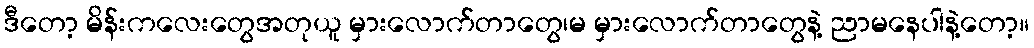
ဒီတော့ မိန်းကလေးတွေအတုယူ မှားလောက်တာတွေ၊မ မှားလောက်တာတွေနဲ့ ညာမနေပါနဲ့တော့။